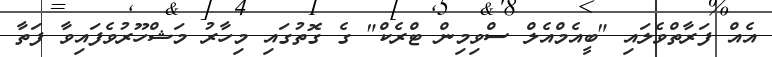
އެއް ފަރާތްވެލައި "ބީއެމްއެލް ސްވިމިން ޓްރެކް" ގެ ގޮތުގައި މިހާރު މަޝްހޫރުވެފައިވާ ފަތާ